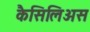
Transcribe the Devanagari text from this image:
कैसिलिअस